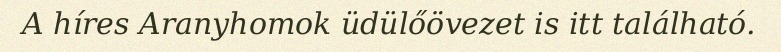
A híres Aranyhomok üdülőövezet is itt található.